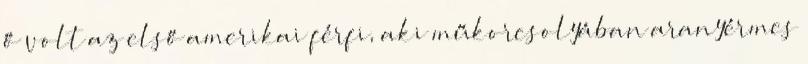
ő volt az első amerikai férfi, aki műkorcsolyában aranyérmes